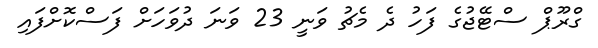
ގްރޫޕް ސްޓޭޖުގެ ފަހު ދެ މެޗު ވަނީ 23 ވަނަ ދުވަހަށް ފަސްކޮށްފައި